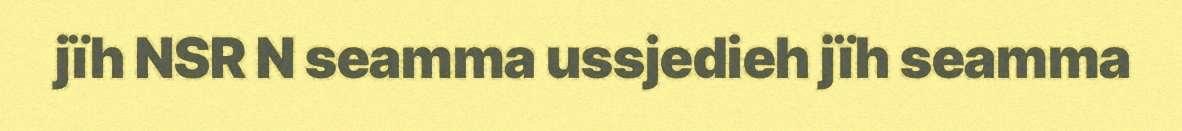
jïh NSR N seamma ussjedieh jïh seamma